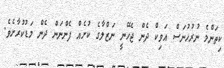
ކިތަންމެ ނުރުހުނަސް އަވިކް ދެން ޖެހޭނީ ނަޒްލާގެ ކުށެއް ފެންނަން ދެން މަޑުކުރާށެވެ.